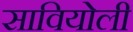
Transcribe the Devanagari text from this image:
सावियोली